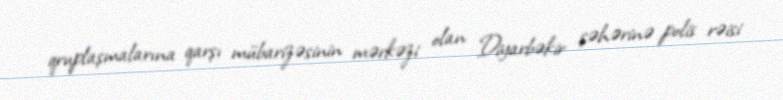
qruplaşmalarına qarşı mübarizəsinin mərkəzi olan Diyarbəkir şəhərinə polis rəisi